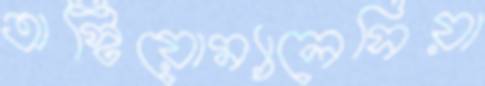
অস্টিয়োম্যালেসিয়া